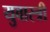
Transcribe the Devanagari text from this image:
युवास्त्री